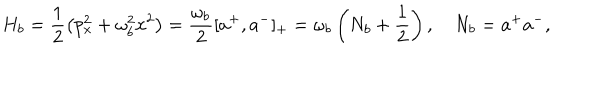
H _ { b } = \frac { 1 } { 2 } \left( p _ { x } ^ { 2 } + \omega _ { b } ^ { 2 } x ^ { 2 } \right) = \frac { \omega _ { b } } { 2 } [ a ^ { + } , a ^ { - } ] _ { + } = \omega _ { b } \left( N _ { b } + \frac { 1 } { 2 } \right) , \quad N _ { b } = a ^ { + } a ^ { - } ,